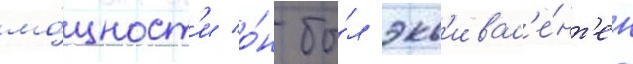
мо́щност'и о́н бы́л экв'ивал'е́нт'ен